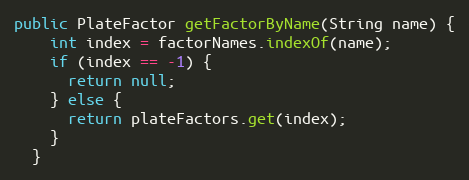
Language: Java
public PlateFactor getFactorByName(String name) {
    int index = factorNames.indexOf(name);
    if (index == -1) {
      return null;
    } else {
      return plateFactors.get(index);
    }
  }